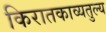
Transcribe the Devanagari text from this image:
किरातकाव्यतुल्य